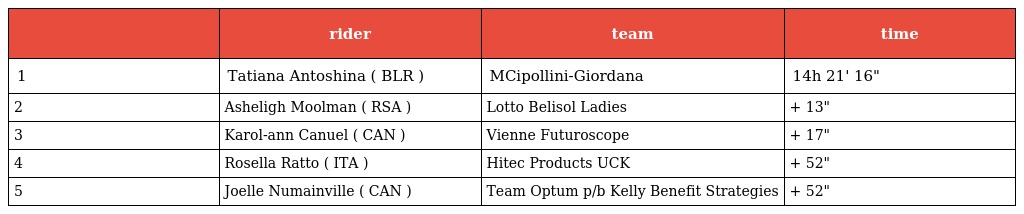
|  | rider | team | time |
 | --- | --- | --- | --- |
 | 1 | Tatiana Antoshina ( BLR ) | MCipollini-Giordana | 14h 21' 16" |
 | 2 | Asheligh Moolman ( RSA ) | Lotto Belisol Ladies | + 13" |
 | 3 | Karol-ann Canuel ( CAN ) | Vienne Futuroscope | + 17" |
 | 4 | Rosella Ratto ( ITA ) | Hitec Products UCK | + 52" |
 | 5 | Joelle Numainville ( CAN ) | Team Optum p/b Kelly Benefit Strategies | + 52" |